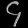
Digit: ၄